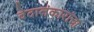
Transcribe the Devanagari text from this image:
वेदालंकारांचा